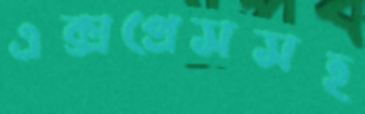
এক্সপ্রেসসহ